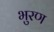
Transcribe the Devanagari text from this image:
भुरण